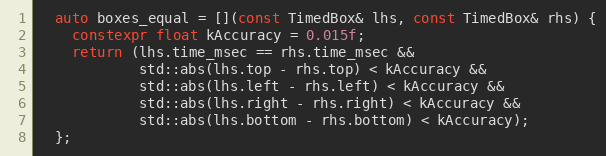
Language: C++
  auto boxes_equal = [](const TimedBox& lhs, const TimedBox& rhs) {
    constexpr float kAccuracy = 0.015f;
    return (lhs.time_msec == rhs.time_msec &&
            std::abs(lhs.top - rhs.top) < kAccuracy &&
            std::abs(lhs.left - rhs.left) < kAccuracy &&
            std::abs(lhs.right - rhs.right) < kAccuracy &&
            std::abs(lhs.bottom - rhs.bottom) < kAccuracy);
  };